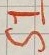
Text: S1